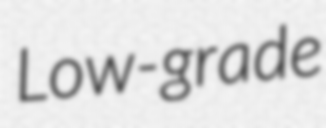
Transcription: Low-grade